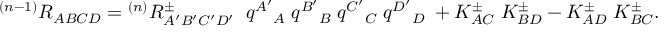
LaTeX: { } ^ { ( n - 1 ) } R _ { A B C D } = { } ^ { ( n ) } R _ { A ^ { \prime } B ^ { \prime } C ^ { \prime } D ^ { \prime } } ^ { \pm } \; \; q ^ { A ^ { \prime } } { } _ { A } \; q ^ { B ^ { \prime } } { } _ { B } \; q ^ { C ^ { \prime } } { } _ { C } \; q ^ { D ^ { \prime } } { } _ { D } \; + K _ { A C } ^ { \pm } \; K _ { B D } ^ { \pm } - K _ { A D } ^ { \pm } \; K _ { B C } ^ { \pm } .